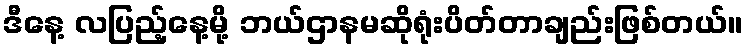
ဒီနေ့ လပြည့်နေ့မို့ ဘယ်ဌာနမဆိုရုံးပိတ်တာချည်းဖြစ်တယ်။